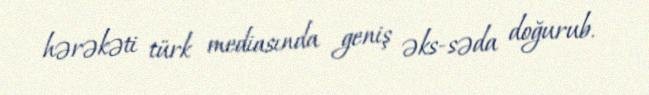
hərəkəti türk mediasında geniş əks-səda doğurub.